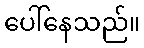
ပေါ်နေသည်။